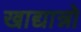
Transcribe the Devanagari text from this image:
खाद्यान्नो